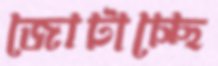
জোটাচ্ছে